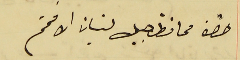
حضرة محافظ جبل لبنان الافخم